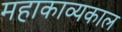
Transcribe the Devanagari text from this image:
महाकाव्‍यकाल